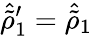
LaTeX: \hat{\tilde{\rho}}_{1}^{\prime}=\hat{\tilde{\rho}}_{1}